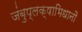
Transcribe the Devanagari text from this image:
जंबुप्लक्षाभिधानौ